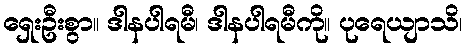
ရှေးဦးစွာ။ ဒါနပါရမီ၊ ဒါနပါရမီကို။ ပုရေယျာသိ၊